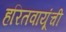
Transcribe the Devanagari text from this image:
हरितवायूंची